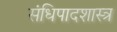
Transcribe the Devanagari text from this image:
संधिपादशास्त्र